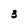
Character: 3